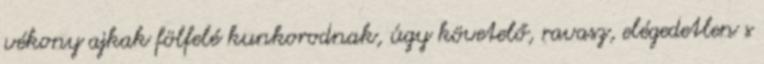
vékony ajkak fölfelé kunkorodnak, úgy követelő, ravasz, elégedetlen s